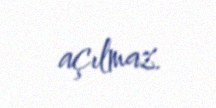
açılmaz.